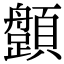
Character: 𩕎